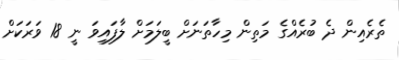
ތެރެއިން ދެ ބުރެއްގެ މަތިން މިހާތަނަށް ބީލަމަށް ލާފައިވަ ނީ 18 ވަރަކަށް